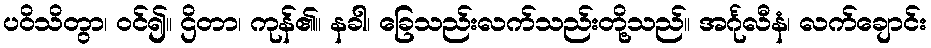
ပဝိသိတွာ၊ ဝင်၍။ ဌိတာ၊ ကုန်၏။ နခါ၊ ခြေသည်းလက်သည်းတို့သည်။ အင်္ဂုလီနံ၊ လက်ချောင်း